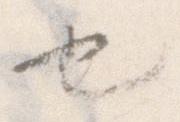
也